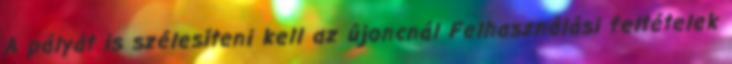
A pályát is szélesíteni kell az újoncnál Felhasználási feltételek